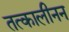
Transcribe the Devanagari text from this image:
तत्कालीनन